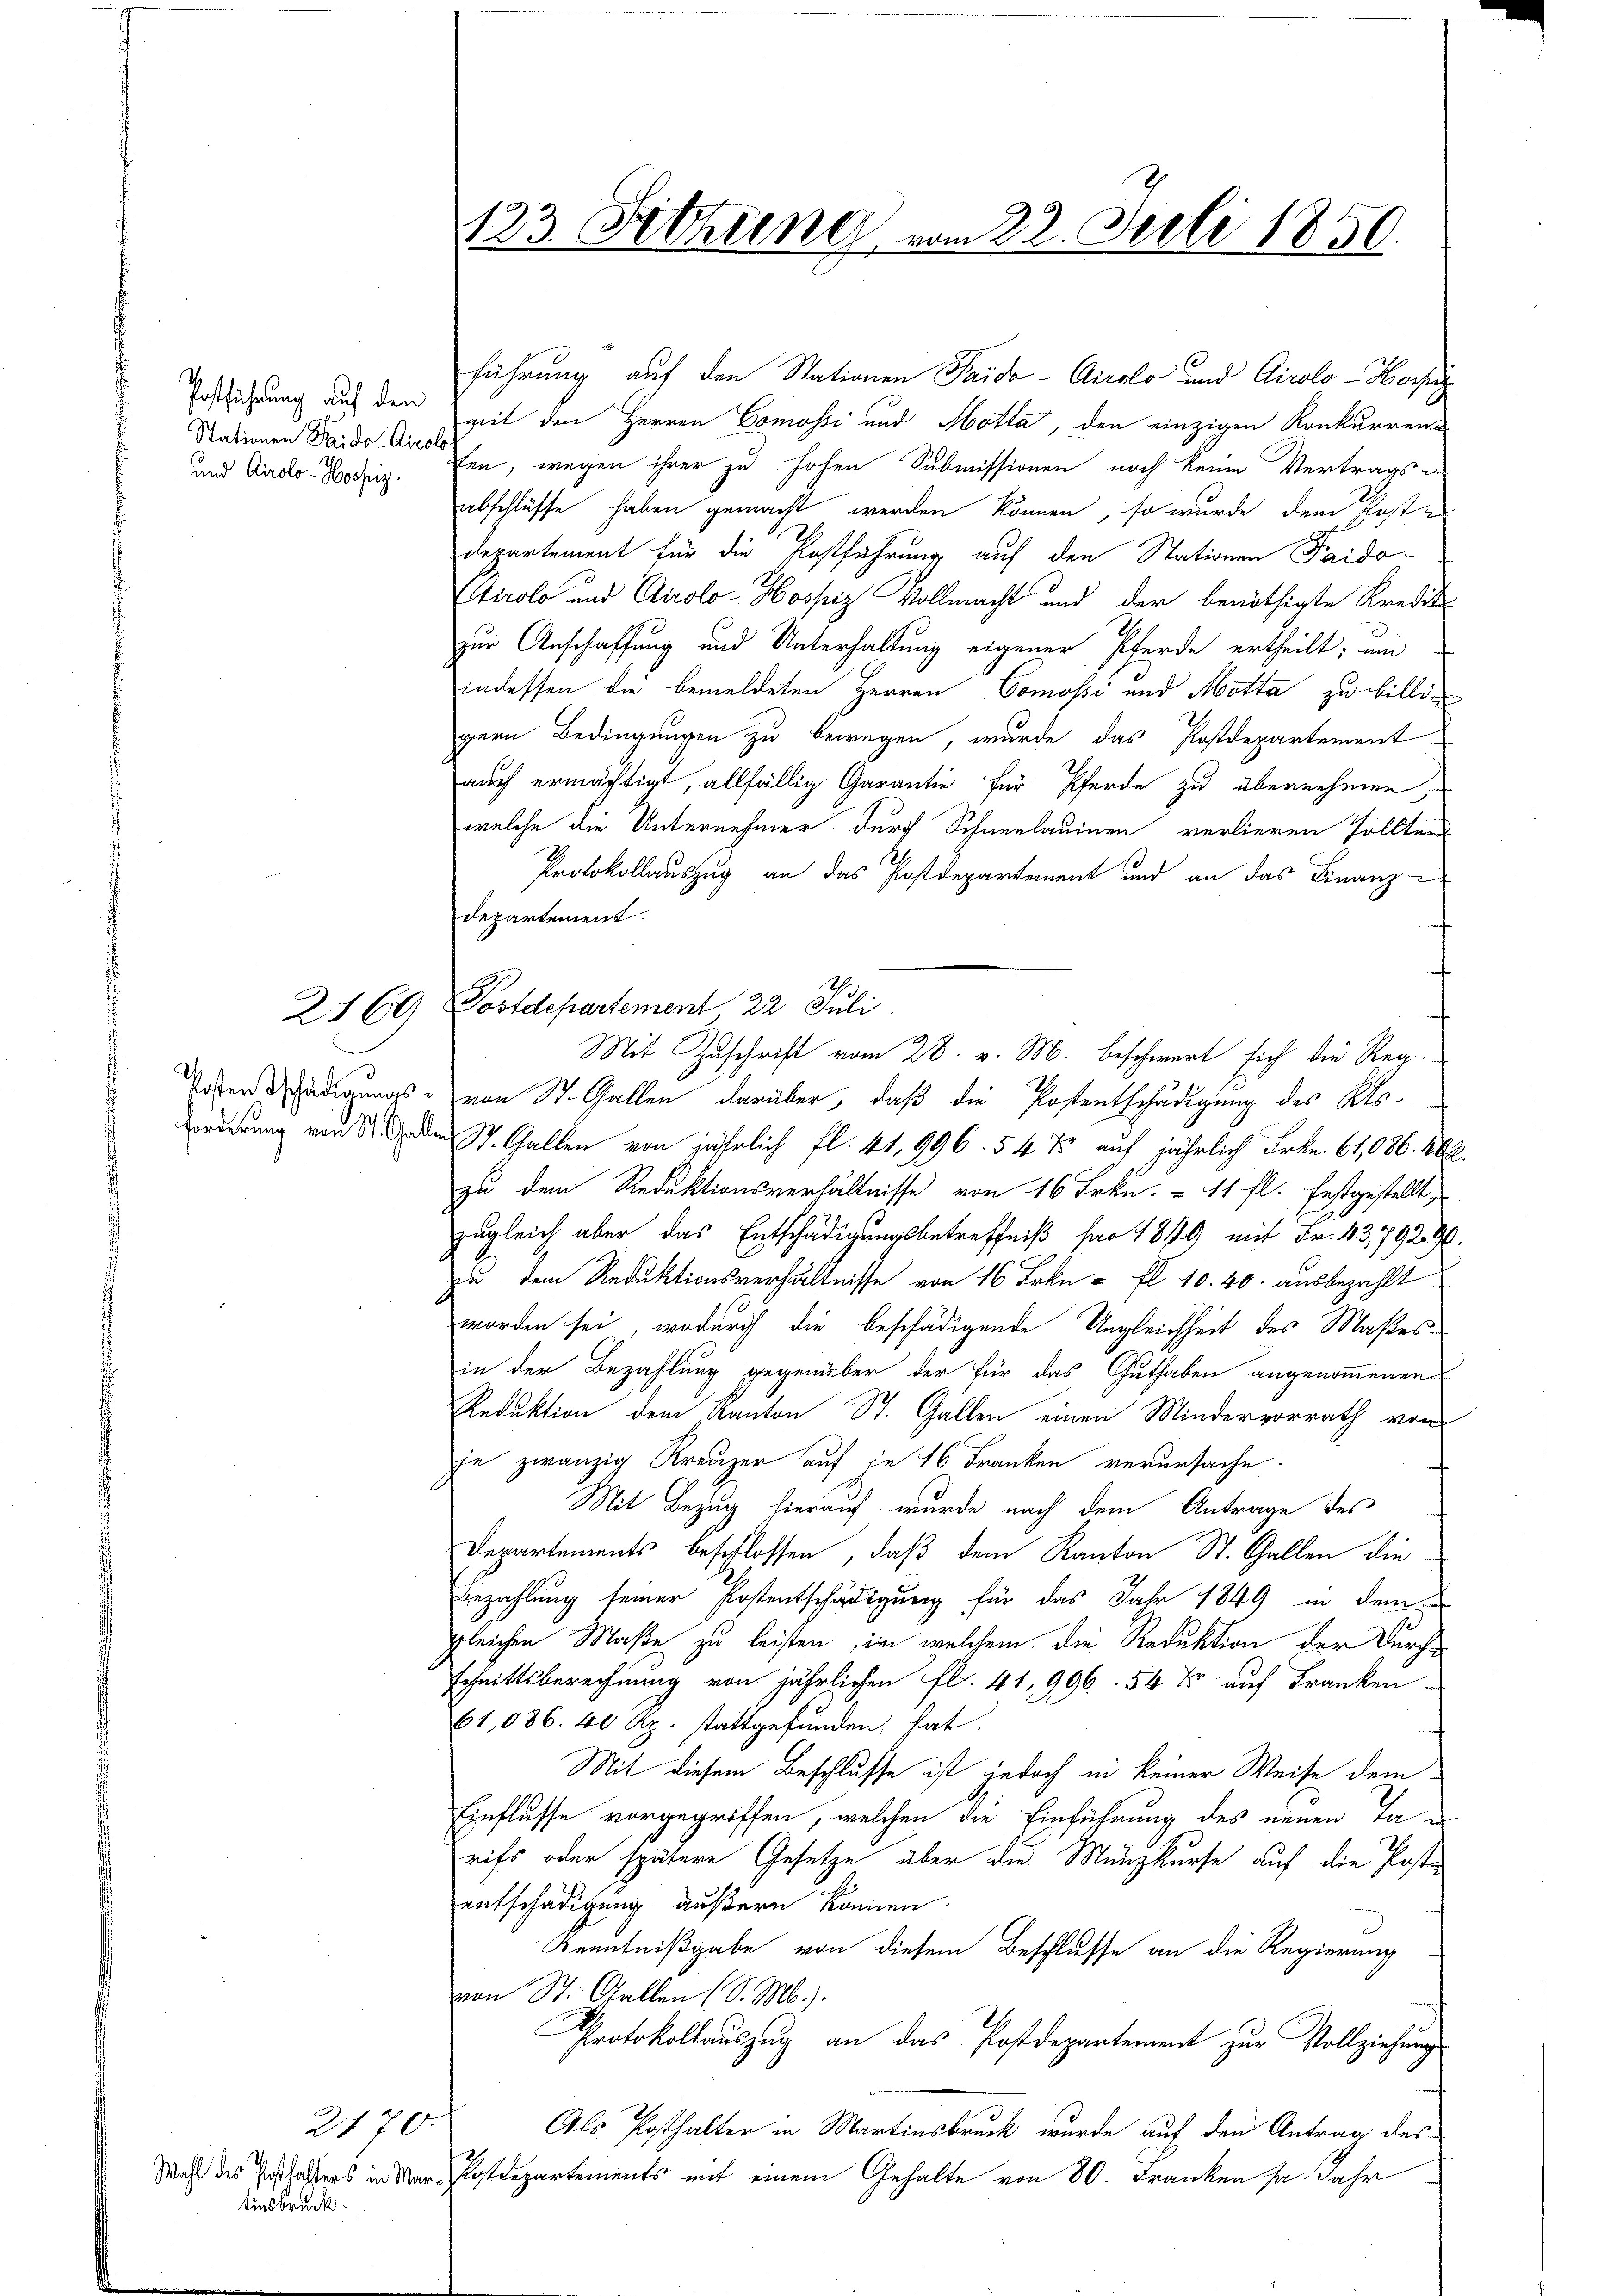
Postführung auf den
Stationen Paido-Airolo
und Airolo -Hospiz

2169

2170.
Ansbruck.

123. Fetzung vom 22. Juli 1850.

departement.

führung auf den Stationen Paido-Airolo und Airolo -Hors
geit den Herren Comossi und Motta, den einzigen Konkurrenzu
fen, wegen ihrer zu hohen Submissionen noch keine Vertrags-
abschlüsse haben gemacht werden können, so wurde dem Post in
departement für die Postführung auf den Stationen Paido-
Ctirolo und Airolo-Hospiz Vollmacht und der benöthigte Kredik
e
zur Anschaffung und Unterhaltung eigener Pferde ertheilt; um
indessen die bemeldeten Herren Comossi und Motta zu billigern Bedingungen zu bewegen, wurde das Postdepartement
auch ermächtigt, allfällig Garantie für Pferde zu übernehmen,
welche die Unternehmer durch Schneelaumen verlieren sollten
Protokollauszug an das Postdepartement und an das Finanz-
2
Postdepartement 22. Juli
Mit Zuschrift vom 28. v. M. beschwert sich die Reg¬
Tosen schädigungs- von St. Gallen darüber, daß die Postentschädigung des Kts¬
Forderung von den St. Gallen von jährlich fl. 4t. 996. 54 Xr auf jährlich Frkn. 64,086. 462.
zu dem Reduktionsverhältnisse von 16 Frkn. 11 fl. festgestellt,
zugleich aber das Entschädigungsbetreffniß pro 1849 mit Fr. 43,79290.
zu dem Reduktionsverhältnisse von 16 Frkn. fl. 10. 40. ausbezahlt
worden sei, wodurch die beschädigende Ungleichheit des Maßes
in der Bezahlung gegenüber der für das Guthaben angenommenen
Reduktion dem Kanton St. Gallen einen Mindervorrath von
je zwanzig Kreuzer auf in 16 Franken verursache.
Mit Bezug hierauf wurde nach dem Antrage des
Departements beschlossen, daß dem Kanton St. Gallen die
Bezahlung seiner Postentschädigung für das Jahr 1849 in dem
gleichen Maße zu leisten, in welchem die Reduktion der Durchschnittsberechnung von jährlichen fl. 41, 996. 54 Xr auf Franken
61,036. 40 Rp. stattgefunden hat.
Mit diesem Beschlusse ist jedoch in keiner Weise dem
Einflusse vorgegriffen, welchen die Einführung des neuen Tarifs oder spätere Gesetze über die Münzkurse auf die Postentschädigung äußern können.
Kenntnißgabe von diesem Beschlusse an die Regierung
von St. Gallen (S. M.).
2.
Protokollauszug an das Postdepartement zur Vollziehung
Als Posthalter in Martinsbruck, wurde auf den Antrag des
Wahl des Erschafters in Mar-Postdepartements mit einem Gehalte von 80. Franken ja Jahr